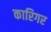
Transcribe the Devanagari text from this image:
कारिगर